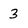
Character: 3